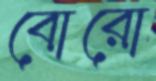
বোরো